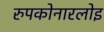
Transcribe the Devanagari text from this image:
रुपकोनारलोइ